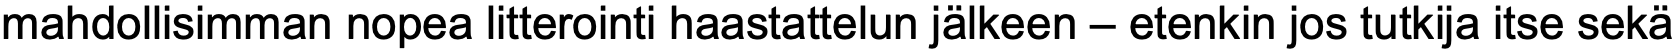
mahdollisimman nopea litterointi haastattelun jälkeen – etenkin jos tutkija itse sekä